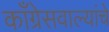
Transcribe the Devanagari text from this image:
काँग्रेसवाल्यांचे